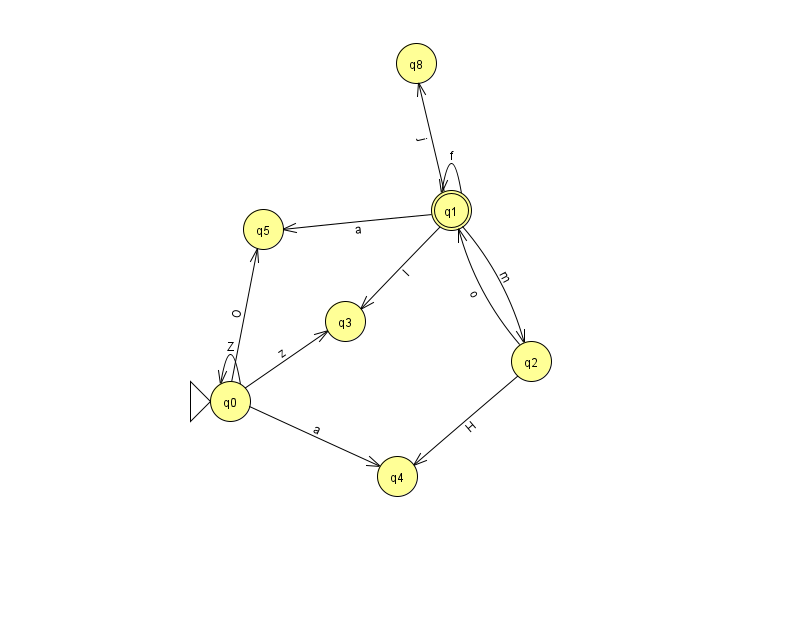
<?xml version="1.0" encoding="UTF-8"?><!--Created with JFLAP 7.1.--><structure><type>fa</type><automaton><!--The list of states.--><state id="0" name="q0"><x>230.0</x><y>388.0</y><initial/></state><state id="1" name="q1"><x>451.0</x><y>197.0</y><final/></state><state id="2" name="q2"><x>531.0</x><y>348.0</y></state><state id="3" name="q3"><x>345.0</x><y>308.0</y></state><state id="4" name="q4"><x>397.0</x><y>463.0</y></state><state id="5" name="q5"><x>263.0</x><y>216.0</y></state><state id="8" name="q8"><x>416.0</x><y>50.0</y></state><!--The list of transitions.--><transition><from>2</from><to>4</to><read>H</read></transition><transition><from>0</from><to>5</to><read>O</read></transition><transition><from>1</from><to>1</to><read>f</read></transition><transition><from>1</from><to>5</to><read>a</read></transition><transition><from>0</from><to>0</to><read>Z</read></transition><transition><from>0</from><to>4</to><read>a</read></transition><transition><from>1</from><to>2</to><read>m</read></transition><transition><from>1</from><to>3</to><read>I</read></transition><transition><from>0</from><to>3</to><read>z</read></transition><transition><from>1</from><to>8</to><read>j</read></transition><transition><from>2</from><to>1</to><read>o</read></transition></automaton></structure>